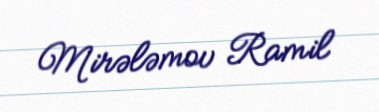
Mirələmov Ramil